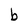
Character: b